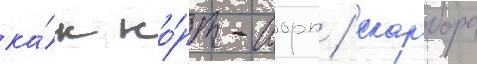
ка́к но́рт-иорк / скарборо